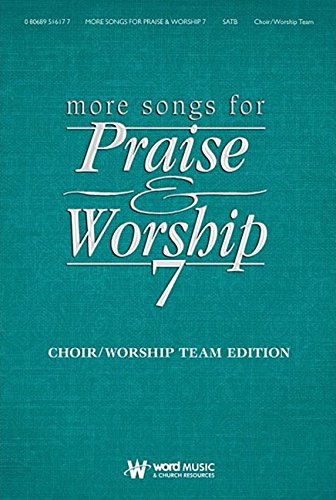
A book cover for More Songes For Praise And Worship 7 Piano/Vocal/Guitar Sing-Along Edition; Christian Books & Bibles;